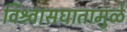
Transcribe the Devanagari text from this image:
विश्र्वासघातामुळे